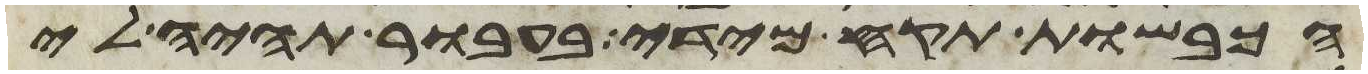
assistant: הכבשות תקח מידי בעבור תהיה לי